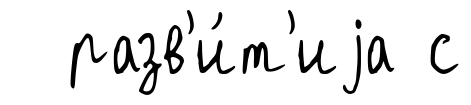
разв'и́т'иjа с